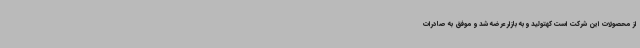
از محصولات این شرکت است کهتولید و به بازار عرضه شد و موفق به صادرات